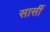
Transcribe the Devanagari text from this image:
सार्सी